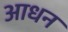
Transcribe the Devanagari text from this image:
आधन